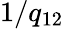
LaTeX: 1/q_{12}